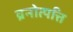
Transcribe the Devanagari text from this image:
व्रनोत्पत्ति